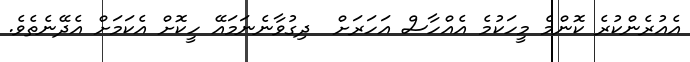
އެއުރެންކުރެ ކޮންމެ މީހަކުމެ އެއްހާސް އަހަރަށް  ދިގުވާނެނަމައޭ ހީކޮށް އެކަމަށް އެދޭނެތެވެ.